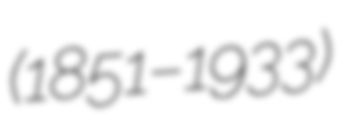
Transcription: (1851–1933)